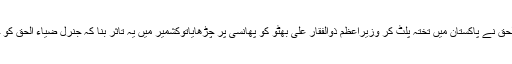
یہ بھی قابل غور ہے کہ جب جنرل ضیاء الحق نے پاکستان میں تختہ پلٹ کر وزیراعظم ذوالفقار علی بھٹو کو پھانسی پر چڑھایاتوکشمیر میں یہ تاثر بنا کہ جنرل ضیاء الحق کو جماعت اسلامی کی پشت پناہی حاصل تھی۔